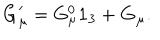
LaTeX: { \bf G } _ { \mu } ^ { \prime } = G _ { \mu } ^ { 0 } { \bf 1 } _ { 3 } + { \bf G } _ { \mu } .